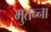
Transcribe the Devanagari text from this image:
मुतन्ना